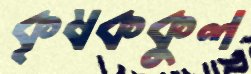
কৃষককুল